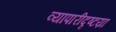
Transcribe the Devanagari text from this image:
व्यापारीदृष्टय़ा